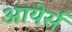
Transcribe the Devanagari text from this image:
आयेर्स